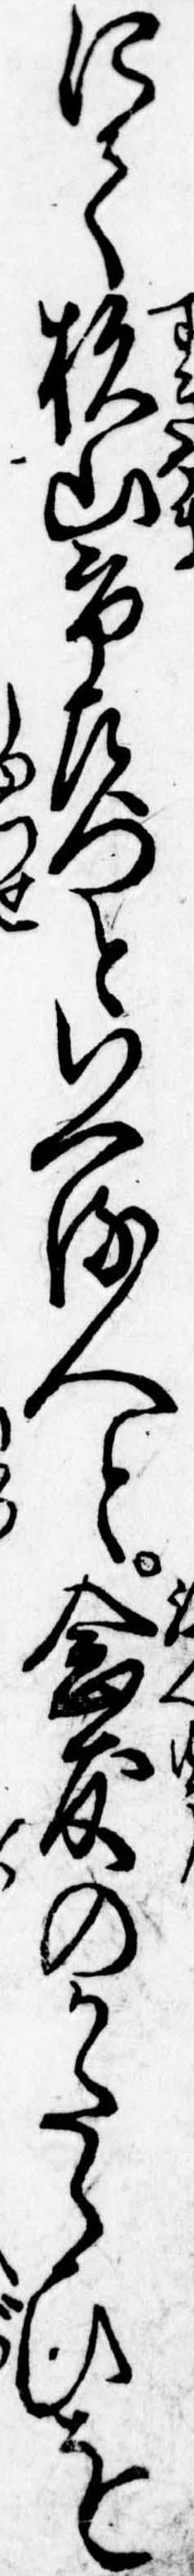
にて杉山市左門といへる人と念友のかたらひを